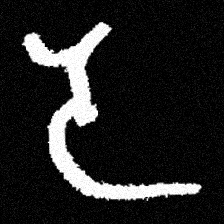
Pyu character \u2014 Myanmar letter: ဒ (romanized: da)